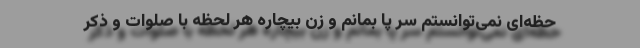
حظه‌ای نمی‌توانستم سر پا بمانم و زن بیچاره هر لحظه با صلوات و ذکر